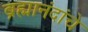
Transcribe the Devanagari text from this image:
ब्रह्मानंदांचे